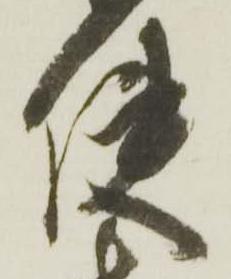
使